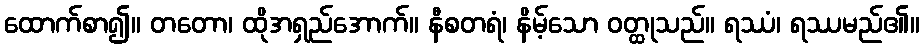
ထောက်စာ၍။ တတော၊ ထိုအရှည်အောက်။ နီစတရံ၊ နိမ့်သော ဝတ္ထုသည်။ ရဿံ၊ ရဿမည်၏။